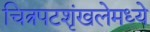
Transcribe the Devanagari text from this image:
चित्रपटशृंखलेमध्ये